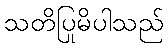
သတိပြုမိပါသည်